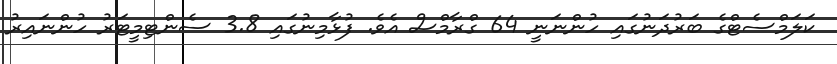
ކަލަމްސެޓްގެ ބަރުދަނުގައި ހުންނަނީ 64 ގްރާމްސް އެވެ. ފުޅާމިނުގައި 3.8 ސެންޓިމީޓަރު ހުންނައިރު